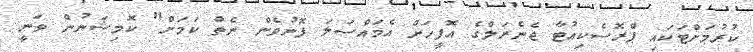
ކުރުމަށްޓަކައި ޕްރޮސެކިއުޓާ ޖެނެރަލްގެ އޮފީހަށް އެމައްސަލަ ފޮނުވެން ނެތް ކަމަށް" ކޮމިޝަނުން ވަނީ